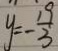
y = - \frac { 1 9 } { 3 }